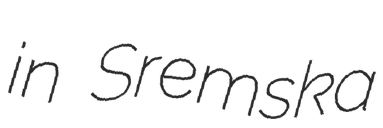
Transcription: in Sremska